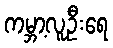
ကမ္ဘာ့လူဦးရေ